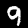
Digit: 9